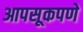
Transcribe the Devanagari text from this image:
आपसूकपणे